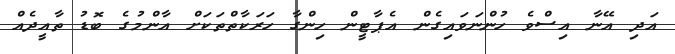
އަދި އޭނާ އިސްވެ ހުންނަވައިގެން އެޕާޓީން ހިންގާ ހަރަކާތްތަކަށް އާންމުގެ ބޮޑު ތާއީދެއް